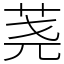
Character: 荛